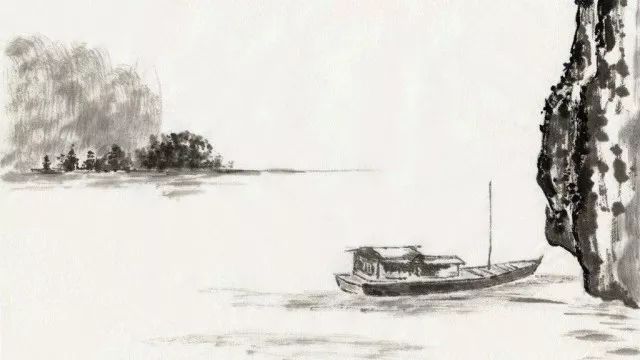
记取江湖泊船处，卧闻新雁落寒汀。